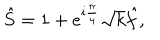
\hat { S } = 1 + e ^ { i \frac { \pi } { 4 } } \sqrt { k } \hat { f } ,